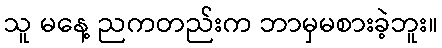
သူ မနေ့ ညကတည်းက ဘာမှမစားခဲ့ဘူး။